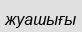
жуашығы